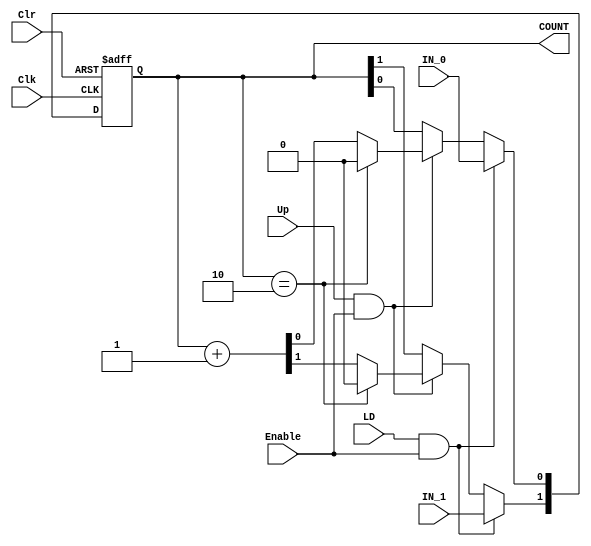
// COUNTER WITH CLR, CLOCK, ENABLE, LOAD AND UP
// Decidir si el LD va a ser activo bajo o activo alto
module counter_0_2(output reg [1:0] COUNT, input IN_1, IN_0, input LD, Up, Clr, Clk, Enable);
	initial begin
		COUNT <= 2'b00;
	end
	always @ (posedge Clk, negedge Clr)
		if (~Clr) COUNT <= 2'b00;
		else if (LD & Enable) begin
			COUNT[0] <= IN_0;
			COUNT[1] <= IN_1;
		end
		else if (Up & Enable) begin
			if(COUNT==2'b10) COUNT <= 2'b00;
			else COUNT <= COUNT + 2'b01;
		end
endmodule